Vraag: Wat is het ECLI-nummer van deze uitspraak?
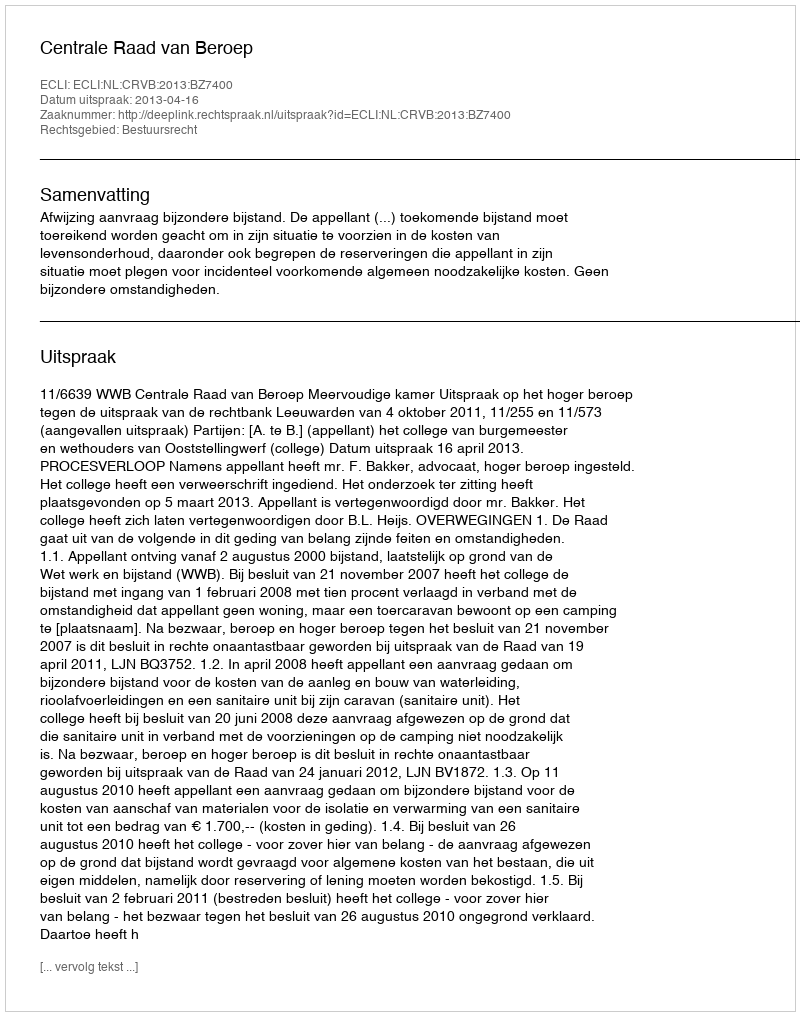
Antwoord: ECLI:NL:CRVB:2013:BZ7400